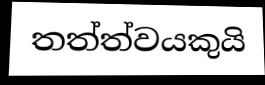
තත්ත්වයකුයි